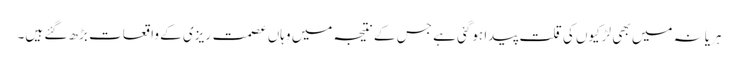
ہریانہ میں بھی لڑکیوں کی قلت پیدا ہوگئی ہے جس کے نتیجہ میں وہاں عصمت ریزی کے واقعات بڑھ گئے ہیں۔